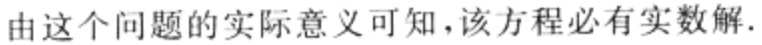
由这个问题的实际意义可知，该方程必有实数解.